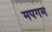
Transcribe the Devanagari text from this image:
मपगम